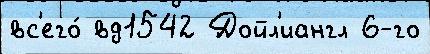
вс'его́ вд1542 Дойл'иангл 6-го